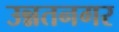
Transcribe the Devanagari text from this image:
उन्नतनगर